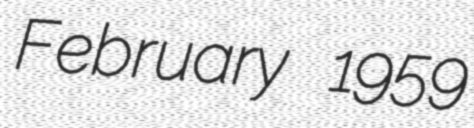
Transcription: February 1959